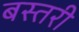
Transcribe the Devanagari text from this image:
बस्तरी